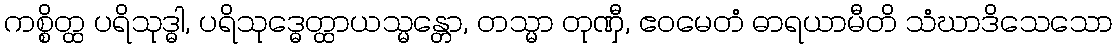
ကစ္စိတ္ထ ပရိသုဒ္ဓါ, ပရိသုဒ္ဓေတ္ထာယသ္မန္တော, တသ္မာ တုဏှီ, ဧဝမေတံ ဓာရယာမီတိ သံဃာဒိသေသော